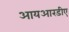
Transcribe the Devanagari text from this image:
आयआरडीए